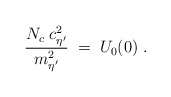
\begin{align*}\frac{N_c \; c^2_{\eta^\prime}}{m_{\eta^\prime}^2} \; = \; U_0(0) \; .\end{align*}